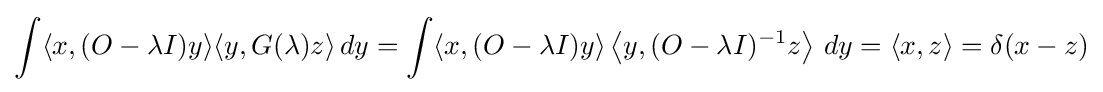
\int \langle x,(O-\lambda I)y\rangle \langle y,G(\lambda )z\rangle \,dy=\int \langle x,(O-\lambda I)y\rangle \left\langle y,(O-\lambda I)^{-1}z\right\rangle \,dy=\langle x,z\rangle =\delta (x-z)